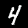
Digit: 4